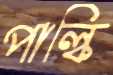
পাল্কি